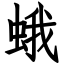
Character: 蛾